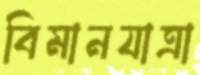
বিমানযাত্রা